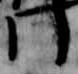
門